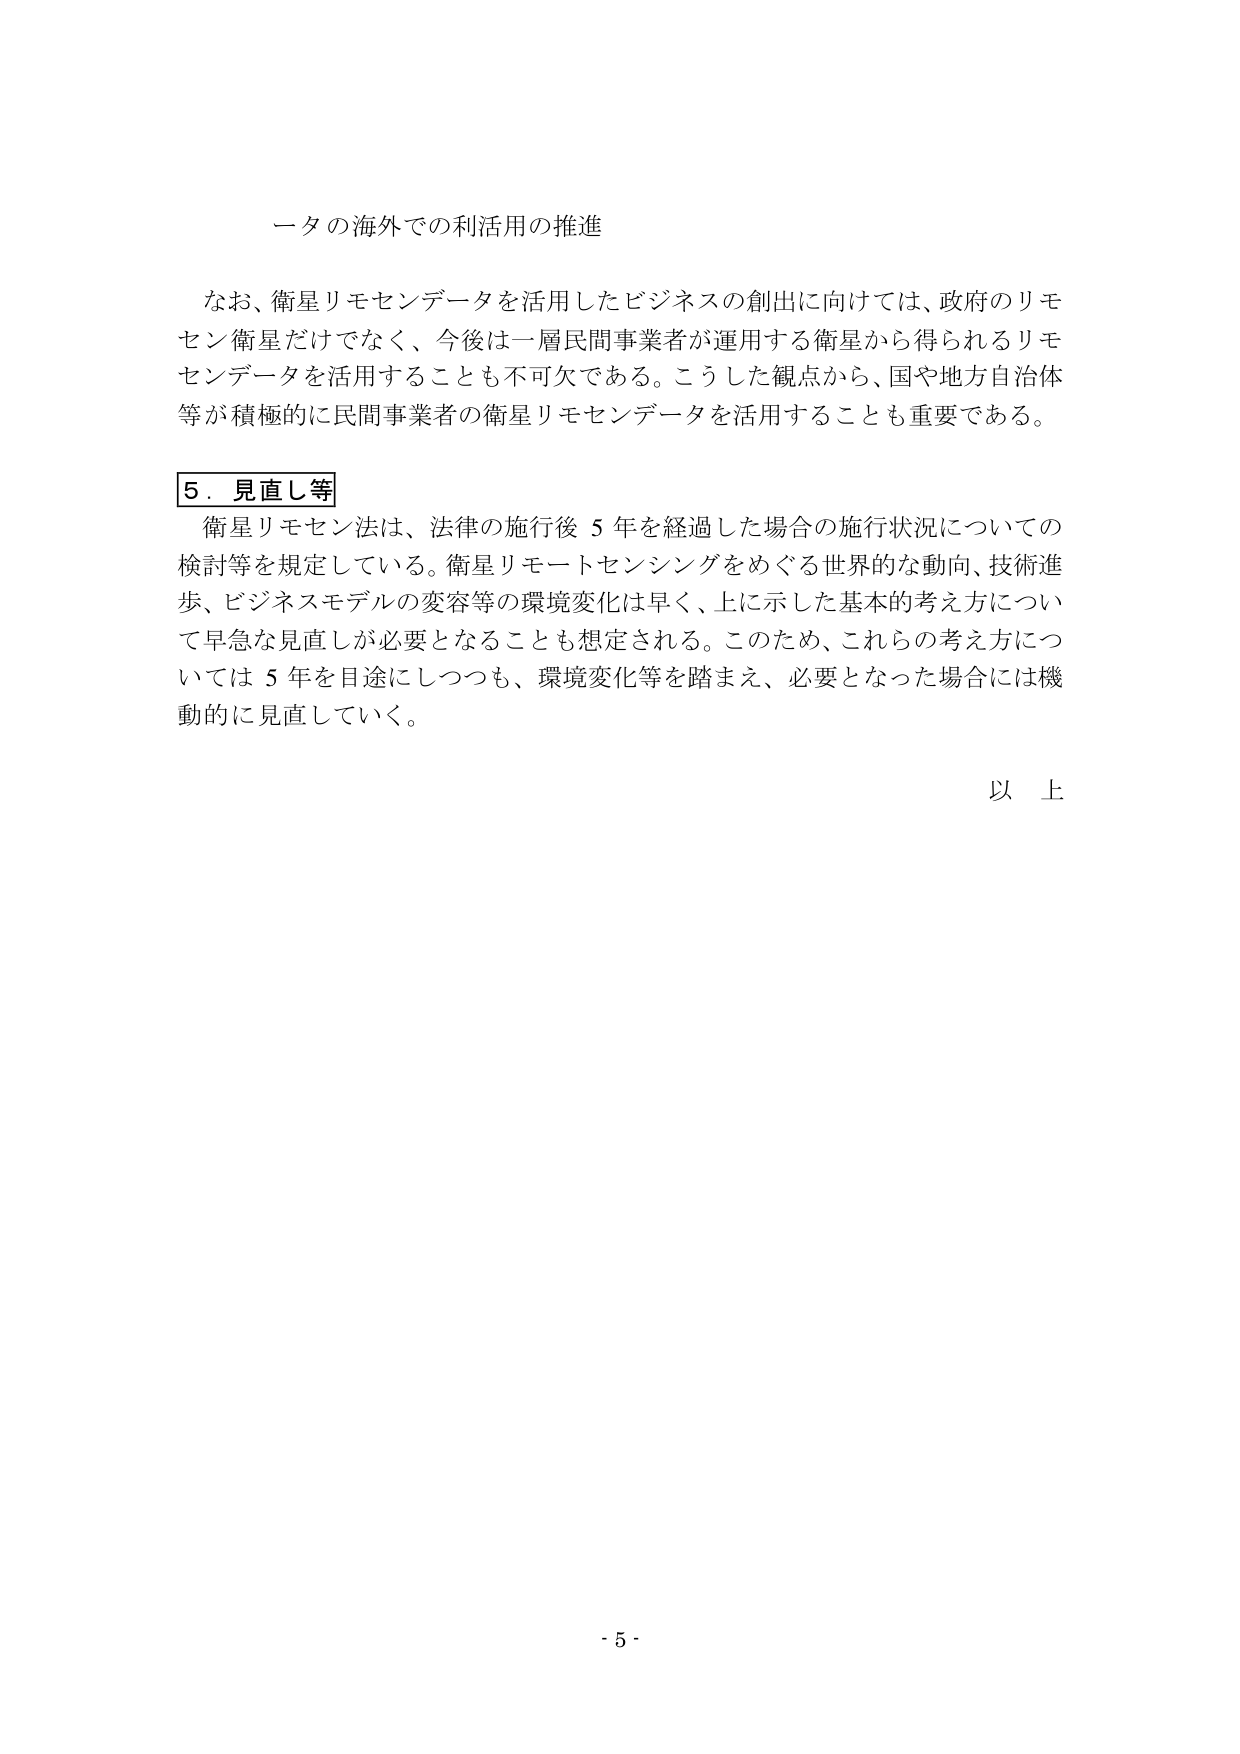
ータの海外での利活用の推進

なお、衛星リモセンデータを活用したビジネスの創出に向けては、政府のリモ
セン衛星だけでなく、今後は一層民間事業者が運用する衛星から得られるリモ
センデータを活用することも不可欠である。こうした観点から、国や地方自治体
等が積極的に民間事業者の衛星リモセンデータを活用することも重要である。

5．見直し等
衛星リモセン法は、法律の施行後 5 年を経過した場合の施行状況についての
検討等を規定している。衛星リモートセンシングをめぐる世界的な動向、技術進
歩、ビジネスモデルの変容等の環境変化は早く、上に示した基本的考え方につい
て早急な見直しが必要となることも想定される。このため、これらの考え方につ
いては 5 年を目途にしつつも、環境変化等を踏まえ、必要となった場合には機
動的に見直していく。

以上

・5・